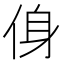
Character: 㑗